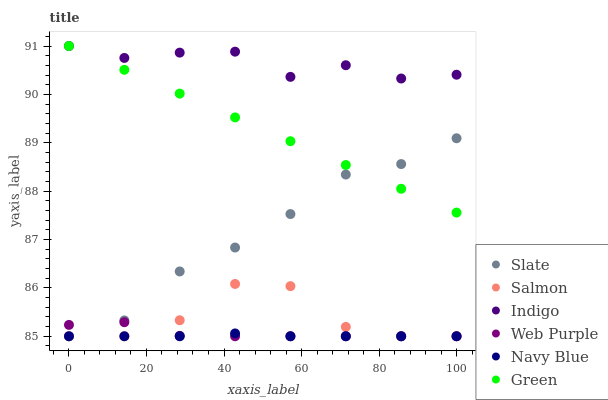
| xaxis_label | Slate | Salmon | Indigo | Web Purple | Navy Blue | Green |
 | --- | --- | --- | --- | --- | --- | --- |
 | 0 | 85 | 85 | 91 | 85.2 | 85 | 91 |
 | 14.3 | 85.3 | 85 | 90.8 | 85.3 | 85 | 90.5 |
 | 28.6 | 86.3 | 85.3 | 90.9 | 85 | 85 | 90 |
 | 42.9 | 86.8 | 86.1 | 90.9 | 85 | 85.1 | 89.5 |
 | 57.1 | 87.5 | 86 | 90.4 | 85 | 85 | 89 |
 | 71.4 | 88.3 | 85.2 | 90.6 | 85 | 85 | 88.5 |
 | 85.7 | 88.6 | 85 | 90.3 | 85 | 85 | 88 |
 | 100 | 89.1 | 85 | 90.4 | 85 | 85 | 87.6 |